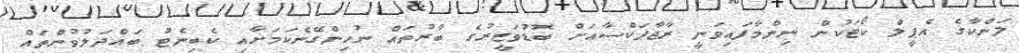
ލަންކާގެ އެޕީލް ކޯޓަކުން ނިންމާފައިވަނީ ރާޖާޕަކްސާއަށް ބޮޑުވަޒީރުގެ ބާރުތައް ނުހިންގޭނެކަމަށާއި ކެބިނެޓު ބައްދަލުވުންތައް